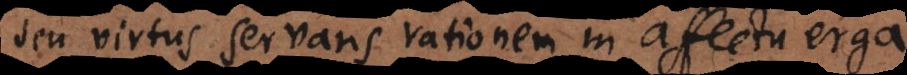
seu virtus servans rationem in affectu hom